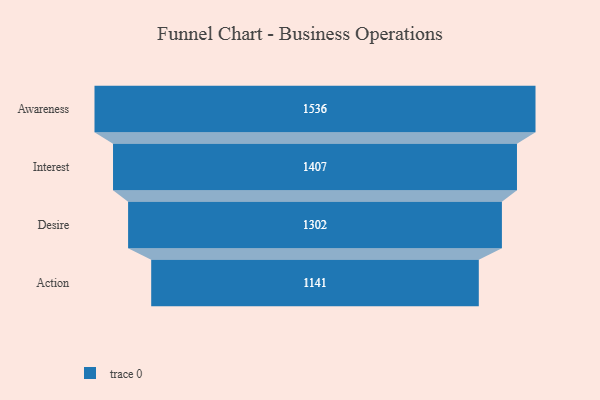
{"axis": {"x": "Stage", "y": "Value"}, "legend": [""], "data": [{"x": "Awareness", "y": 1536.0, "type": ""}, {"x": "Interest", "y": 1407.0, "type": ""}, {"x": "Desire", "y": 1302.0, "type": ""}, {"x": "Action", "y": 1141.0, "type": ""}]}